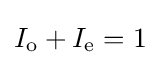
I_{\text{o}}+I_{\text{e}}=1